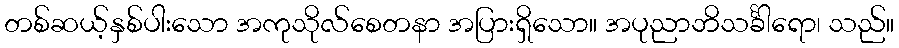
တစ်ဆယ့်နှစ်ပါးသော အကုသိုလ်စေတနာ အပြားရှိသော။ အပုညာဘိသင်္ခါရော၊ သည်။